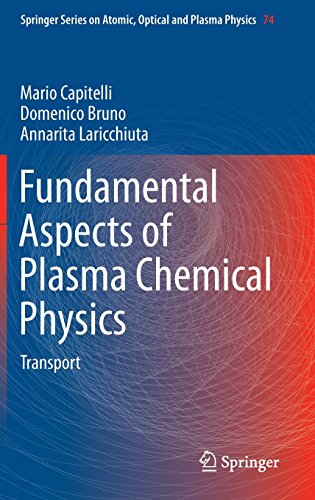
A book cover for Fundamental Aspects of Plasma Chemical Physics: Transport (Springer Series on Atomic, Optical, and Plasma Physics); Mario Capitelli; Science & Math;